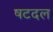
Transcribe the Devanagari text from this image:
षटदल